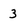
Character: 3